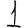
Digit: 1